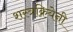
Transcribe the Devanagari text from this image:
शस्त्रक्रियेनी